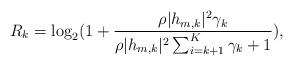
LaTeX: \begin{align*}R_k = \log_2(1 + \frac{\rho |h_{m,k}|^2 \gamma_k}{\rho |h_{m,k}|^2 \sum_{i = k+1}^{K}\gamma_k+1} ),\end{align*}